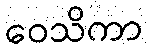
ဝေသိကာ